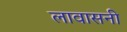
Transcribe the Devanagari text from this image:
लावासनी